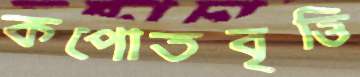
কপোতবৃত্তি